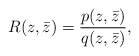
\begin{align*}R(z,\bar{z})=\frac{p(z,\bar{z})}{q(z,\bar{z})},\end{align*}